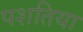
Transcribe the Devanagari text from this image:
पशतिया